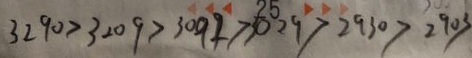
3 2 9 0 > 3 2 0 9 > 3 0 9 1 > 3 0 2 9 > 2 9 3 0 > 2 9 0 3